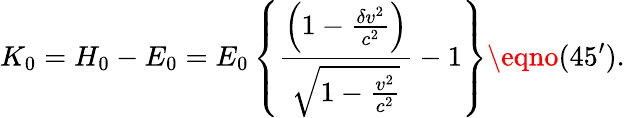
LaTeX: K_{0}=H_{0}-E_{0}=E_{0}\left\{ \frac{\left(1-\frac{\delta v^{2}}{c^{2}}\right)}{\sqrt{1-\frac{v^{2}}{c^{2}}}}-1\right\} \eqno(45^{\prime}).